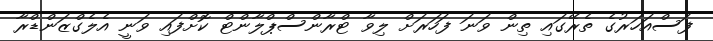
ފަސްއަހަރުގެ ތެރޭގައި ތިން ވަނަ ފަހަރަށް ލިވާ ޓްރާންސްޕްލާންޓް ކޮށްފައި ވަނީ އެލެގްޒަންޑްރާ